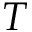
T